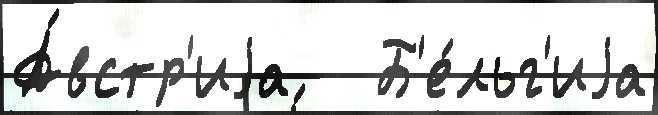
А́встр'иjа   Б'е́льг'иjа